Vaccination in Bombay 1869-1873 - 1869-1873
Year: 1869
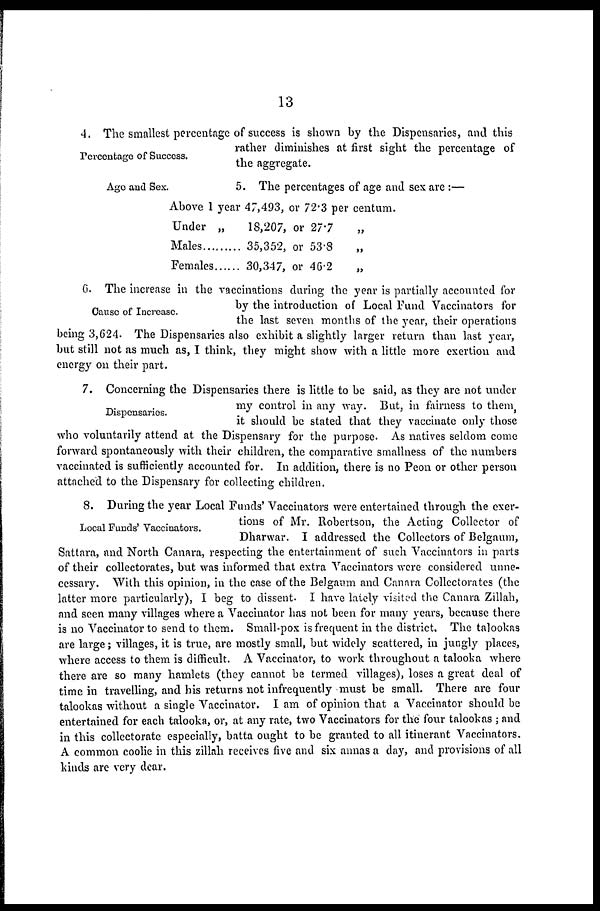
13
Percentage of Success.
4. The smallest percentage of success is shown by the Dispensaries, and this
rather diminishes at first sight the percentage of
the aggregate.
Age and Sex.
5. The percentages of age and sex are :—
Above 1 year 47,493, or 72.3 per centum.
Under „
Males
Females.....
18,207, or 27.7
35,352, or 53.8
30,347, or 46.2
„
„
„
Cause of Increase.
6. The increase in the vaccinations during the year is partially accounted for
by the introduction of Local Fund Vaccinators for
the last seven months of the year, their operations
being 3,624. The Dispensaries also exhibit a slightly larger return than last year,
but still not as much as, I think, they might show with a little more exertion and
energy on their part.
Dispensaries.
7. Concerning the Dispensaries there is little to be said, as they are not under
my control in any way. But, in fairness to them,
it should be stated that they vaccinate only those
who voluntarily attend at the Dispensary for the purpose. As natives seldom come
forward spontaneously with their children, the comparative smallness of the numbers
vaccinated is sufficiently accounted for. In addition, there is no Peon or other person
attached to the Dispensary for collecting children.
Local Funds' Vaccinators.
8. During the year Local Funds' Vaccinators were entertained through the exer-
tions of Mr. Robertson, the Acting Collector of
Dharwar. I addressed the Collectors of Belgaum,
Sattara, and North Canara, respecting the entertainment of such Vaccinators in parts
of their collectorates, but was informed that extra Vaccinators were considered unne-
cessary. With this opinion, in the case of the Belgaum and Canara Collectorates (the
latter more particularly), I beg to dissent. I have lately visited the Canara Zillah,
and seen many villages where a Vaccinator has not been for many years, because there
is no Vaccinator to send to them. Small-pox is frequent in the district. The talookas
are large; villages, it is true, are mostly small, but widely scattered, in jungly places,
where access to them is difficult. A Vaccinator, to work throughout a talooka where
there are so many hamlets (they cannot be termed villages), loses a great deal of
time in travelling, and his returns not infrequently must be small. There are four
talookas without a single Vaccinator. I am of opinion that a Vaccinator should be
entertained for each talooka, or, at any rate, two Vaccinators for the four talookas ; and
in this collectorate especially, batta ought to be granted to all itinerant Vaccinators.
A common coolie in this zillah receives five and six annas a day, and provisions of all
kinds are very dear.